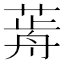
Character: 𦷱